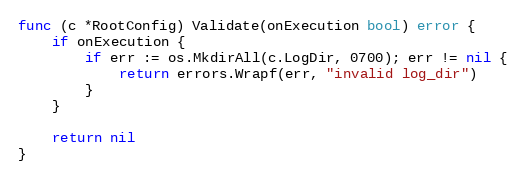
Language: Go
func (c *RootConfig) Validate(onExecution bool) error {
	if onExecution {
		if err := os.MkdirAll(c.LogDir, 0700); err != nil {
			return errors.Wrapf(err, "invalid log_dir")
		}
	}

	return nil
}